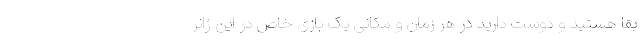
بقا هستید و دوست دارید در هر زمان و مکانی یک بازی خاص در این ژانر